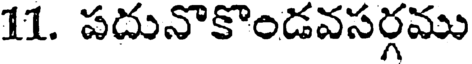
11. పదునొకొండవసర్గము